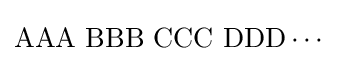
\mathrm {AAA\,\,BBB\,\,CCC\,\,DDD\cdots }